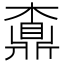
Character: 𪔇